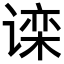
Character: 𬤗